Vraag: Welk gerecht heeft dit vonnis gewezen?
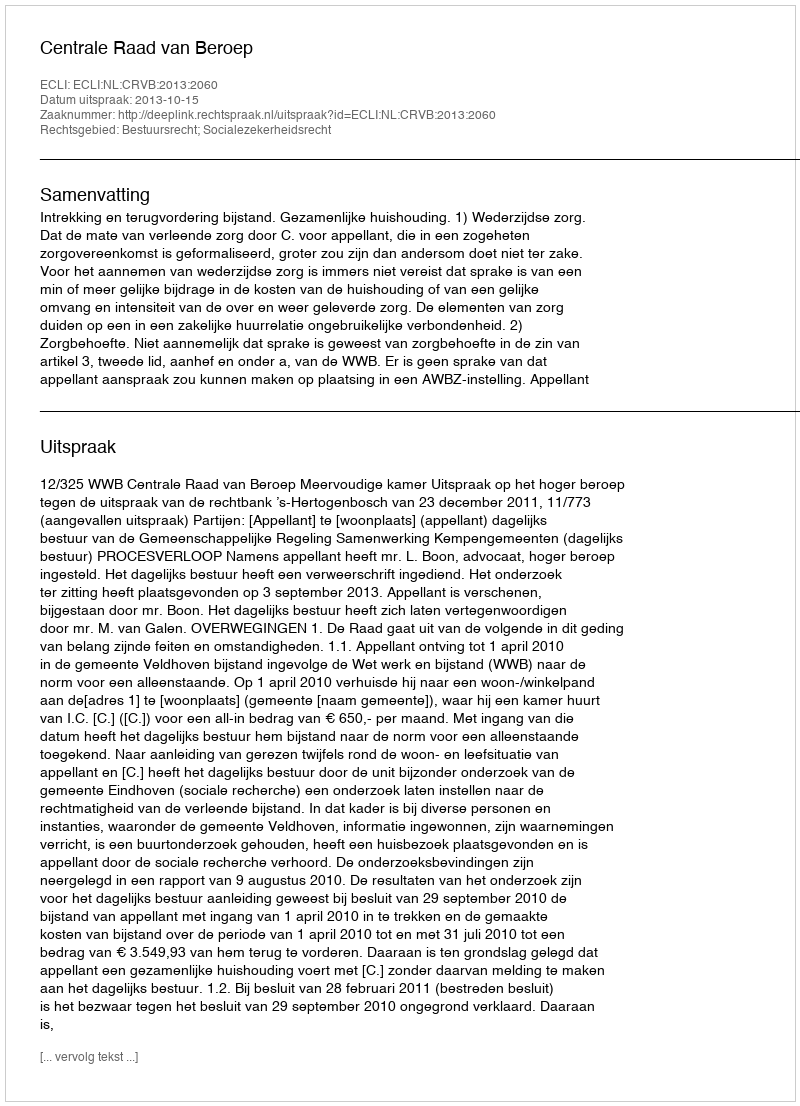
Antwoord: Centrale Raad van Beroep